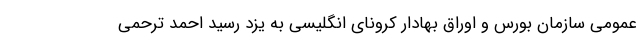
عمومی سازمان بورس و اوراق بهادار کرونای انگلیسی به یزد رسید احمد ترحمی